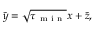
\tilde { y } = \sqrt { \tau _ { \mathrm { ~ m ~ i ~ n ~ } } } x + \tilde { z } ,